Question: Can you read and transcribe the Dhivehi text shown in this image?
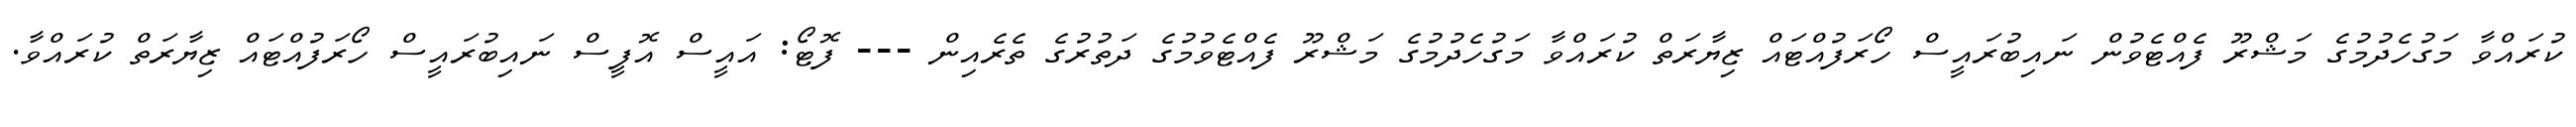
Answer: ކުރައްވާ މަގުހެދުމުގެ މަޝްރޫ ފެއްޓެވުން ނައިބުރައީސް ހޯރަފުއްޓައް ޒިޔާރަތް ކުރައްވާ މަގުހެދުމުގެ މަޝްރޫ ފެއްޓެވުމުގެ ދަތުރުގެ ތެރެއިން --- ފޮޓޯ: އައީސް އޮފީސް ނައިބުރައީސް ހޯރަފުއްޓައް ޒިޔާރަތް ކުރައްވާ.